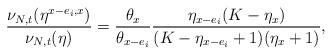
LaTeX: \begin{align*} \frac{\nu_{N,t}(\eta^{x-e_i,x})}{\nu_{N,t}(\eta)}=\frac{\theta_{x}}{\theta_{x-e_i}}\frac{\eta_{x-e_i}(K-\eta_x)}{(K-\eta_{x-e_i}+1)(\eta_x+1)},\end{align*}